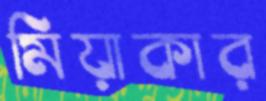
মিয়াকার